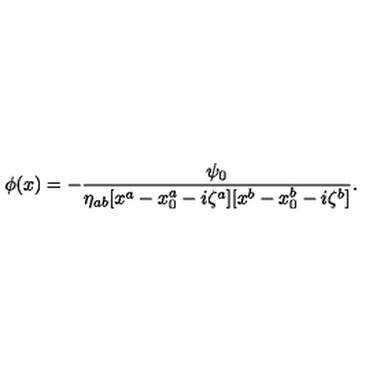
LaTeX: \phi ( x ) = - { \frac { \psi _ { 0 } } { \eta _ { a b } [ x ^ { a } - x _ { 0 } ^ { a } - i \zeta ^ { a } ] [ x ^ { b } - x _ { 0 } ^ { b } - i \zeta ^ { b } ] } } .